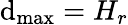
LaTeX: \mathrm{d}_{\mathrm{max}}=H_{r}